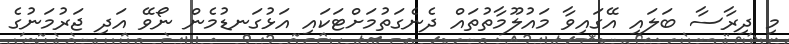
މި ދިރާސާ ބަލައި އޭގައިވާ މައުލޫމާތުތައް ދެނެގަތުމަށްޓަކައި އަޅުގަނޑުމެން ނޯވޭ އަދި ޖަރުމަނުގެ